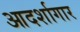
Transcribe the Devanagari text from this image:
आदर्शागार